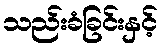
သည်းခံခြင်းနှင့်